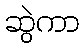
ဆွဲကာ